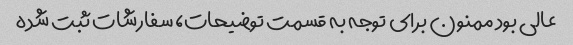
عالی بود ممنون برای توجه به قسمت توضیحات، سفارشات ثبت شده